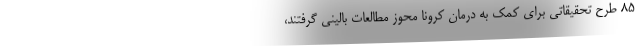
۸۵ طرح تحقیقاتی برای کمک به درمان کرونا محوز مطالعات بالینی گرفتند،